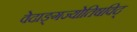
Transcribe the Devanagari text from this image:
वेदाङ्गज्याेतिषविद्